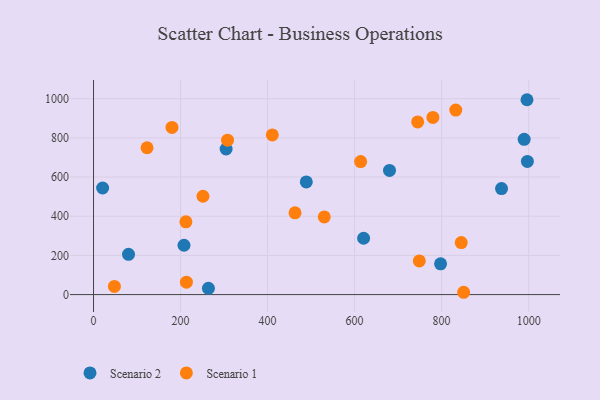
{"axis": {"x": "Price", "y": "Exam Score"}, "legend": ["Scenario 1", "Scenario 2"], "data": [{"x": "207.9", "y": 251.9, "type": "Scenario 2"}, {"x": "989.7", "y": 792.6, "type": "Scenario 2"}, {"x": "80.4", "y": 205.3, "type": "Scenario 2"}, {"x": "997.1", "y": 679.4, "type": "Scenario 2"}, {"x": "620.7", "y": 287.4, "type": "Scenario 2"}, {"x": "489.0", "y": 575.2, "type": "Scenario 2"}, {"x": "20.9", "y": 544.1, "type": "Scenario 2"}, {"x": "797.6", "y": 156.8, "type": "Scenario 2"}, {"x": "304.7", "y": 742.9, "type": "Scenario 2"}, {"x": "680.2", "y": 633.7, "type": "Scenario 2"}, {"x": "264.1", "y": 32.0, "type": "Scenario 2"}, {"x": "996.2", "y": 994.5, "type": "Scenario 2"}, {"x": "937.7", "y": 540.9, "type": "Scenario 2"}, {"x": "410.9", "y": 815.0, "type": "Scenario 1"}, {"x": "251.5", "y": 501.9, "type": "Scenario 1"}, {"x": "213.5", "y": 63.2, "type": "Scenario 1"}, {"x": "308.0", "y": 788.1, "type": "Scenario 1"}, {"x": "48.0", "y": 41.5, "type": "Scenario 1"}, {"x": "748.7", "y": 171.9, "type": "Scenario 1"}, {"x": "212.3", "y": 371.6, "type": "Scenario 1"}, {"x": "613.9", "y": 678.8, "type": "Scenario 1"}, {"x": "530.3", "y": 396.5, "type": "Scenario 1"}, {"x": "832.5", "y": 941.9, "type": "Scenario 1"}, {"x": "745.0", "y": 881.0, "type": "Scenario 1"}, {"x": "850.6", "y": 11.8, "type": "Scenario 1"}, {"x": "180.3", "y": 852.9, "type": "Scenario 1"}, {"x": "780.0", "y": 904.1, "type": "Scenario 1"}, {"x": "845.1", "y": 265.4, "type": "Scenario 1"}, {"x": "123.0", "y": 749.3, "type": "Scenario 1"}, {"x": "463.1", "y": 417.1, "type": "Scenario 1"}]}